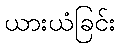
ယားယံခြင်း